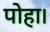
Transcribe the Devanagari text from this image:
पोहा।